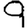
Digit: 9